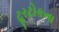
ટૂરટોકના